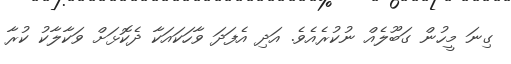
ގިނަ މީހުން ގަބޫލެއް ނުކުރެއެވެ. އަދި އެފަދަ ވާހަކައަކާ ދެކޮޅަށް ވަކާލާކު ކުރާ